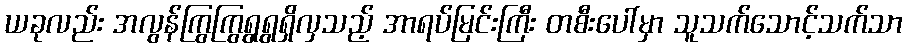
ယခုလည်း အလွန်ကြွကြွရွရွရှိလှသည့် အာရပ်မြင်းကြီး တစီးပေါ်မှာ သူသက်သောင့်သက်သာ